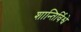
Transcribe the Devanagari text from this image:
शान्तिर्विश्वे